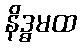
နိဒ္ဓမထ